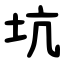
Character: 坑